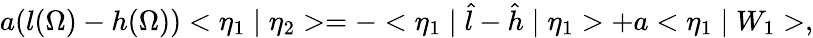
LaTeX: a(l(\Omega)-h(\Omega))<\eta_{1}\mid\eta_{2}>=-<\eta_{1}\mid\hat{l}-\hat{h}\mid\eta_{1}>+a<\eta_{1}\mid W_{1}>,